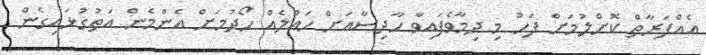
އެއްފަރާތް ކޮށްލުމަށް ފަހު މި ދިމާވެފައިވާ ހާދިސާއަށް ހައްލެއް ހޯދުމަށް އެންމެން އަތުގުޅައިގެން